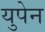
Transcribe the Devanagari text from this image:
युपेन